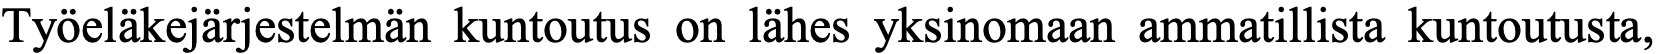
Työeläkejärjestelmän kuntoutus on lähes yksinomaan ammatillista kuntoutusta,